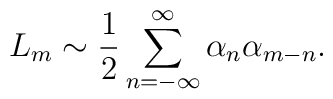
L_m \sim \frac{1}{2} \sum_{n=-\infty}^\infty \alpha_n \alpha_{m-n}.